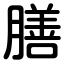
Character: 膳